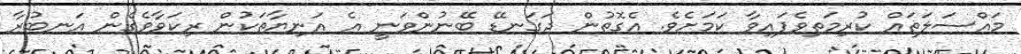
މައްސަލަތައް ކުރިމަތިވެފައިވާ ކަމަށެވެ. އެގޮތުން ދަގަނޑޭ ބޭނުންވަނީ އެ އަނިޔާތަކުން ރިކަވާވެގެން އަނބުރާ